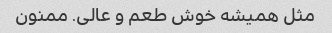
مثل همیشه خوش طعم و عالی. ممنون